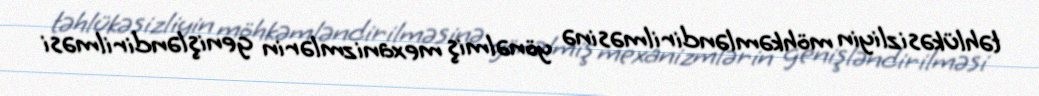
təhlükəsizliyin möhkəmləndirilməsinə yönəlmiş mexanizmlərin genişləndirilməsi